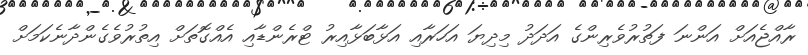
ރާއްޖެއަށް އަންނަ ފަތުރުވެރިންގެ އަދަދު މިދިޔަ އަހަރާއި އަޅާބަޅާއިރު ޓްރެންޑާއި އެއްގޮތަށް އިތުރުވެގެންދާނެކަމަށް